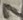
Text: 7